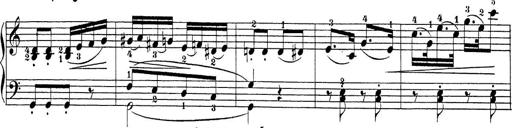
Title: Sonatina Album
Composer: Louis KÃ¶hler